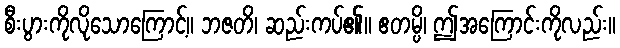
စီးပွားကိုလိုသောကြောင့်။ ဘဇတိ၊ ဆည်းကပ်၏။ ဧတမ္ပိ၊ ဤအကြောင်းကိုလည်း။